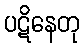
ပဋိနေတု